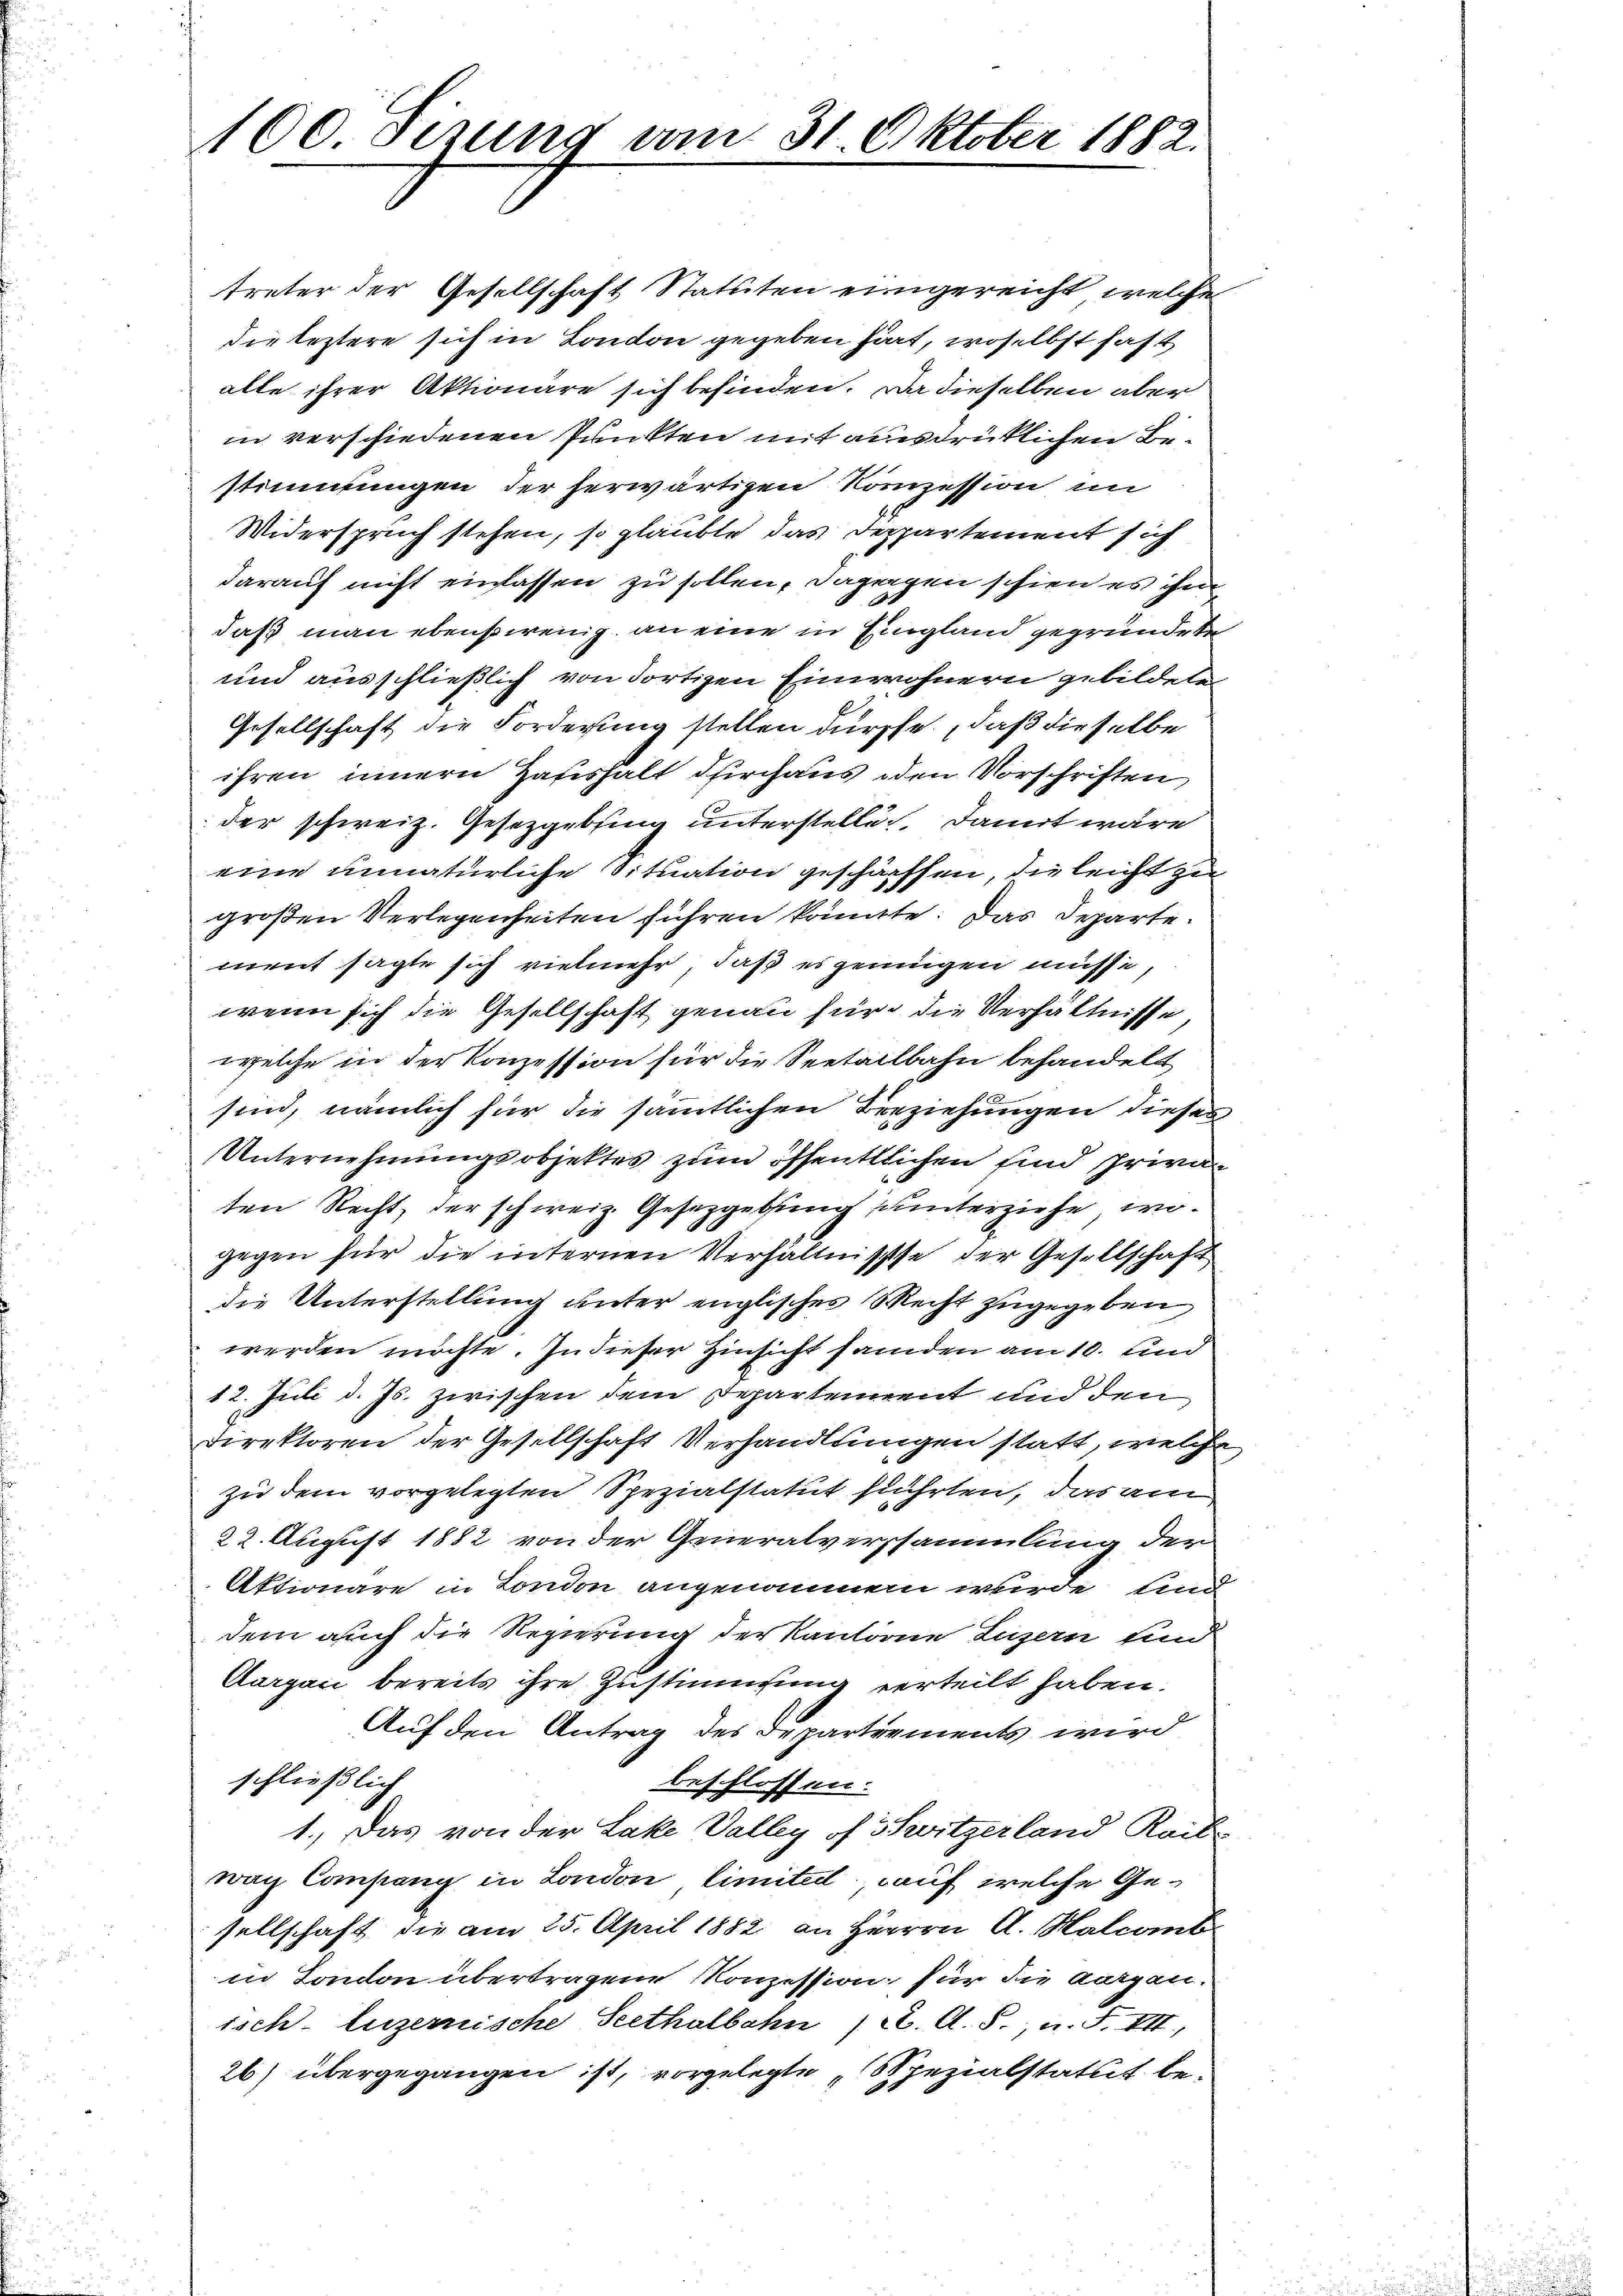
100. sezung vom 31. Oktober 1882.

wenn sich die Gesellschaft genau für die Verhältnisse,
welche in der Konzession für die Seetallbahn behandelt
sind, nämlich für die sämmtlichen Berziehungen dieses
Unternehmungsobjektes zum öffentlichen sind privan
ten Recht, der schweiz. Gesetzgebung unterziehe, wogegen für die internen Verhältnisse der Gesellschaft
die Unterstellung unter englisches Recht zugegeben
werden möchte. In dieser Hinsicht sanden am 10. und
12. Juli d. Js. zwischen dem Departement und den
Direktoren der Gesellschaft Verhandlungen statt, welche
zu dem vorgelegten Spezialstatut führten, das am
22. August 1882 von der Generalversammlung der
Aktionäre in London angenommen wurde und
dem auch die Regierung der Kantorne Luzern und
Aargau bereits ihre Zustimmung verteilt haben.
Auf den Antrag des Departements wird
schließlich
beschlossen.
1.) Das von der Lake Valley of Switzerland Roit
wach Consang in London limiteil, auf welche Ge-
sellschaft die am 25. April 1882 an Herrn A. Kalcant
in London übertragene Konzession für die Aargau.
isch-luzernische Seethalbahn (2. A. S., n. F. VII,
26) übergegangen ist, vorgelegte, Spezialstatut be¬

treter der Gesellschaft Statuten eingereicht, welche
die leztere sich in London gegeben hört, woselbst fast
alte ihrer Aktionäre sich befinden. Da dieselben aber
in verschiedenen Punkten mit ausdrücklichen Bestimmungen der herwärtigen Konzession im
Widerspruch stehen, so glaubte das Deppartement sich
darauf nicht einlassen zu sollen, dagegen schien es ihn
daß man ebensowenig an eine in Eingland gegründete
und ausschließlich von dortigen Einwohnern gebildeten
Gesellschaft die Forderung stellen dürfte, daß dieselbe
ihren innern Haushalt durchaus den Vorschriften
der schweiz. Gesetzgebung unterstellen. Damit wäre
eine unnatürliche Situation geschärften, die leicht zu
großen Verlegenheiten führen könnte. Das Departement sagte sich vielmehr, daß es genügen müsse,